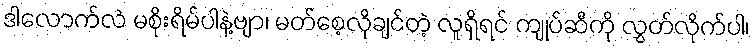
ဒါလောက်လဲ မစိုးရိမ်ပါနဲ့ဗျာ၊ မတ်စေ့လိုချင်တဲ့ လူရှိရင် ကျုပ်ဆီကို လွှတ်လိုက်ပါ၊